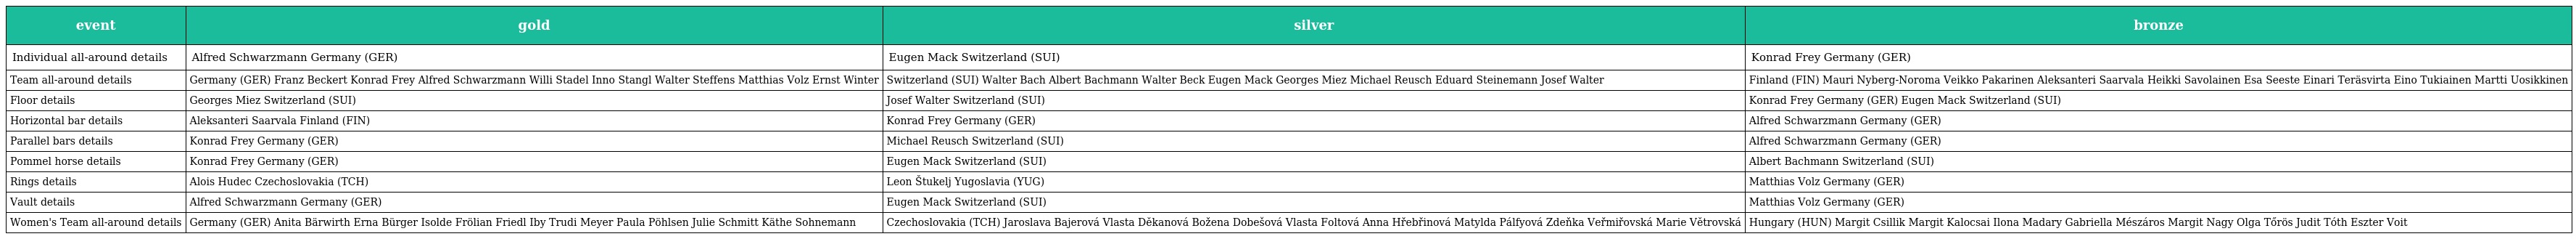
| event | gold | silver | bronze |
 | --- | --- | --- | --- |
 | Individual all-around details | Alfred Schwarzmann Germany (GER) | Eugen Mack Switzerland (SUI) | Konrad Frey Germany (GER) |
 | Team all-around details | Germany (GER) Franz Beckert Konrad Frey Alfred Schwarzmann Willi Stadel Inno Stangl Walter Steffens Matthias Volz Ernst Winter | Switzerland (SUI) Walter Bach Albert Bachmann Walter Beck Eugen Mack Georges Miez Michael Reusch Eduard Steinemann Josef Walter | Finland (FIN) Mauri Nyberg-Noroma Veikko Pakarinen Aleksanteri Saarvala Heikki Savolainen Esa Seeste Einari Teräsvirta Eino Tukiainen Martti Uosikkinen |
 | Floor details | Georges Miez Switzerland (SUI) | Josef Walter Switzerland (SUI) | Konrad Frey Germany (GER) Eugen Mack Switzerland (SUI) |
 | Horizontal bar details | Aleksanteri Saarvala Finland (FIN) | Konrad Frey Germany (GER) | Alfred Schwarzmann Germany (GER) |
 | Parallel bars details | Konrad Frey Germany (GER) | Michael Reusch Switzerland (SUI) | Alfred Schwarzmann Germany (GER) |
 | Pommel horse details | Konrad Frey Germany (GER) | Eugen Mack Switzerland (SUI) | Albert Bachmann Switzerland (SUI) |
 | Rings details | Alois Hudec Czechoslovakia (TCH) | Leon Štukelj Yugoslavia (YUG) | Matthias Volz Germany (GER) |
 | Vault details | Alfred Schwarzmann Germany (GER) | Eugen Mack Switzerland (SUI) | Matthias Volz Germany (GER) |
 | Women's Team all-around details | Germany (GER) Anita Bärwirth Erna Bürger Isolde Frölian Friedl Iby Trudi Meyer Paula Pöhlsen Julie Schmitt Käthe Sohnemann | Czechoslovakia (TCH) Jaroslava Bajerová Vlasta Děkanová Božena Dobešová Vlasta Foltová Anna Hřebřinová Matylda Pálfyová Zdeňka Veřmiřovská Marie Větrovská | Hungary (HUN) Margit Csillik Margit Kalocsai Ilona Madary Gabriella Mészáros Margit Nagy Olga Tőrös Judit Tóth Eszter Voit |